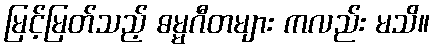
မြင့်မြတ်သည့် ဓမ္မဂီတများ ကလည်း မသိ။